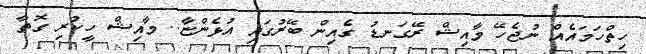
ހިތްހަމައެއް ނުޖެހޭ މާއިޝް ރޭގަނޑު ގެއިން ބޭރުގައި އުޅެންޏާ.. މާއިޝް ހީކުރި ގޮތާ